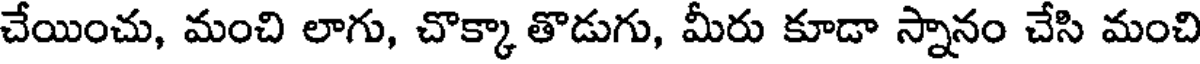
చేయించు, మంచి లాగు, చొక్కా తొడుగు, మీరు కూడా స్నానం చేసి మంచి